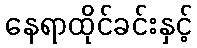
နေရာထိုင်ခင်းနှင့်